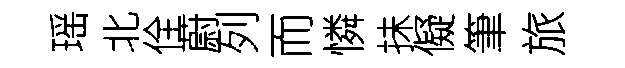
瑶北佺蔚列而憐抺儗筆旅